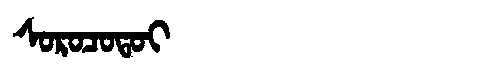
Manchu: ᠰᠣᡵᠣᠴᠣᡨᠣᡳ
Romanization: SOROCOTOI